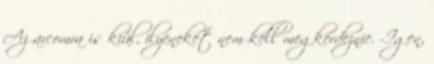
Az arcomra is kiül, ilyeneket nem kell megkérdeznie. -Igen,